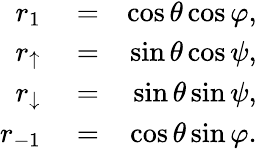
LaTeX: \begin{array}{rlr}{r_{1}}&{{}=}&{\cos\theta\cos\varphi,}\\ {r_{\uparrow}}&{{}=}&{\sin\theta\cos\psi,}\\ {r_{\downarrow}}&{{}=}&{\sin\theta\sin\psi,}\\ {r_{{-}1}}&{{}=}&{\cos\theta\sin\varphi.}\end{array}